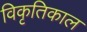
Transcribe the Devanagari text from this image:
विकृतिकाल